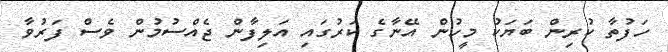
ހަފުތާ ކުރިން ބަޔަކު މީހުން އޭނާގެ ކަރުގައި އަލިފާން ޖެއްސުމުން ވެސް ފަރުވާ